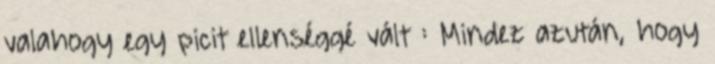
valahogy egy picit ellenséggé vált : Mindez azután, hogy